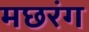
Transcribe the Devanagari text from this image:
मछरंग